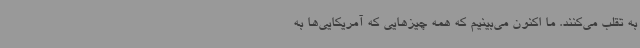
به تقلب می‌کنند. ما اکنون می‌بینیم که همه چیزهایی که آمریکایی‌ها به